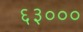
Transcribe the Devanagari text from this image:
६३०००